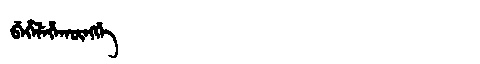
Manchu: ᠪᡝᡥᡝᠯᡝᡥᠠᡴᡡᠩᡤᡝ
Romanization: BEHELEHAKŪNGGE